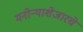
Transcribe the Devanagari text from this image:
मनोर्‍याशेजारचे